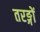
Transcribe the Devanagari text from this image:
तरङ्गों